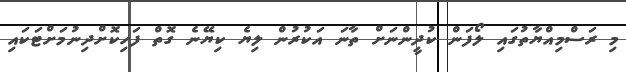
މި ރަސްމިއްޔާތުގައި ލޯފަން ކުދީންނަށް ތާނަ އަކުރުން ލިޔެ ކިޔޭނެ ގޮތް ފަހިކޮށްދިނުމަށްޓަކައި